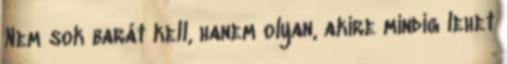
Nem sok barát kell, hanem olyan, akire mindig lehet